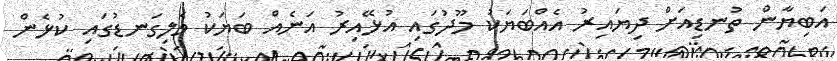
އަބިޔާން ތުނޑިއަށް ދިޔައިރު އެއްބަޔަކު މޫދުގައި އުޅޭއިރު އަނެއް ބަޔަކު ވެލިގަނޑުގައި ކުޅެން